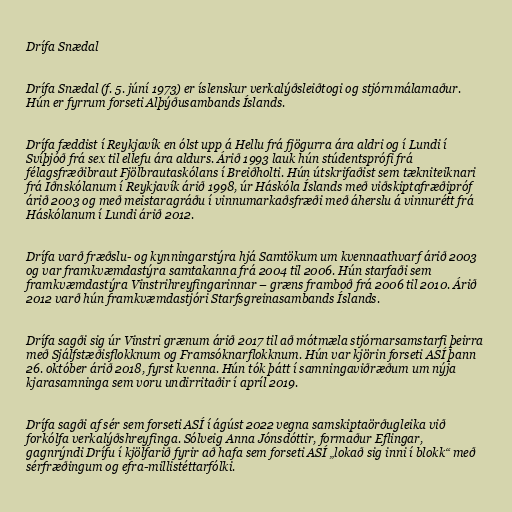
Drífa Snædal

Drífa Snædal (f. 5. júní 1973) er íslenskur verkalýðsleiðtogi og stjórnmálamaður.
Hún er fyrrum forseti Alþýðusambands Íslands.

Drífa fæddist í Reykjavík en ólst upp á Hellu frá fjögurra ára aldri og í Lundi í
Svíþjóð frá sex til ellefu ára aldurs. Árið 1993 lauk hún stúdentsprófi frá
félagsfræðibraut Fjölbrautaskólans í Breiðholti. Hún útskrifaðist sem tækniteiknari
frá Iðnskólanum í Reykjavík árið 1998, úr Háskóla Íslands með viðskiptafræðipróf
árið 2003 og með meistaragráðu í vinnumarkaðsfræði með áherslu á vinnurétt frá
Háskólanum í Lundi árið 2012.

Drífa varð fræðslu- og kynningarstýra hjá Samtökum um kvennaathvarf árið 2003
og var framkvæmdastýra samtakanna frá 2004 til 2006. Hún starfaði sem
framkvæmdastýra Vinstrihreyfingarinnar – græns framboð frá 2006 til 2010. Árið
2012 varð hún framkvæmdastjóri Starfsgreinasambands Íslands.

Drífa sagði sig úr Vinstri grænum árið 2017 til að mótmæla stjórnarsamstarfi þeirra
með Sjálfstæðisflokknum og Framsóknarflokknum. Hún var kjörin forseti ASÍ þann
26. október árið 2018, fyrst kvenna. Hún tók þátt í samningaviðræðum um nýja
kjarasamninga sem voru undirritaðir í apríl 2019.

Drífa sagði af sér sem forseti ASÍ í ágúst 2022 vegna samskiptaörðugleika við
forkólfa verkalýðshreyfinga. Sólveig Anna Jónsdóttir, formaður Eflingar,
gagnrýndi Drífu í kjölfarið fyrir að hafa sem forseti ASÍ „lokað sig inni í blokk“ með
sérfræðingum og efra-millistéttarfólki.